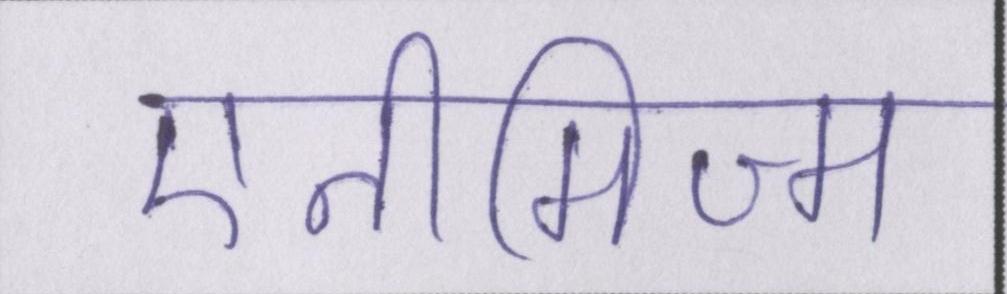
एनीमिज्म